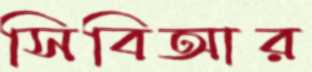
সিবিআর